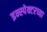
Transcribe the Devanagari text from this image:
इन्स्पेक्टरच्या